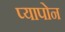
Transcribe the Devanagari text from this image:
प्यापोन